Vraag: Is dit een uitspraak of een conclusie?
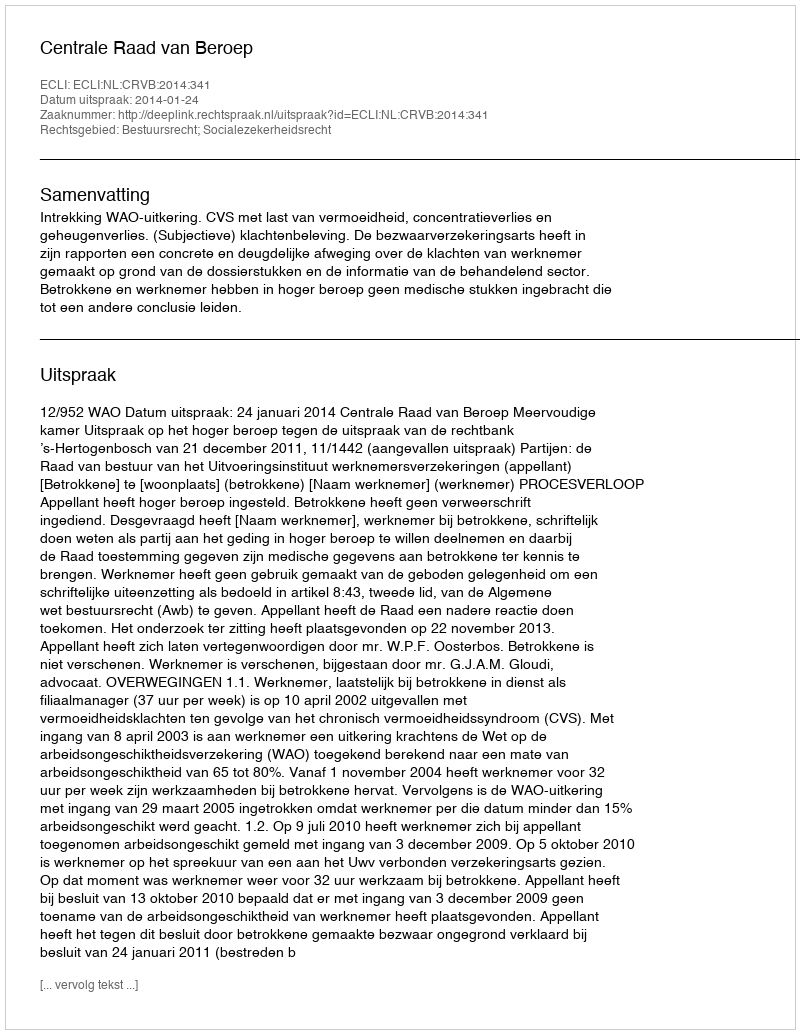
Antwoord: Uitspraak